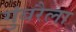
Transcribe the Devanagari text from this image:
गुंबरैला